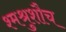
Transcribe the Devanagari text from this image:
श्मश्रुशौच